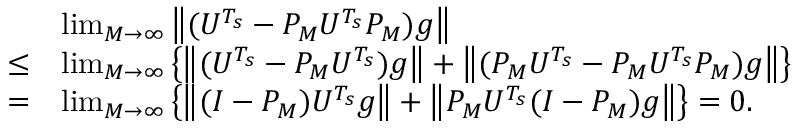
\begin{array} { r l } & { \operatorname* { l i m } _ { M \to \infty } \left\| ( U ^ { T _ { s } } - P _ { M } U ^ { T _ { s } } P _ { M } ) g \right\| } \\ { \le } & { \operatorname* { l i m } _ { M \to \infty } \left\{ \left\| ( U ^ { T _ { s } } - P _ { M } U ^ { T _ { s } } ) g \right\| + \left\| ( P _ { M } U ^ { T _ { s } } - P _ { M } U ^ { T _ { s } } P _ { M } ) g \right\| \right\} } \\ { = } & { \operatorname* { l i m } _ { M \to \infty } \left\{ \left\| ( I - P _ { M } ) U ^ { T _ { s } } g \right\| + \left\| P _ { M } U ^ { T _ { s } } ( I - P _ { M } ) g \right\| \right\} = 0 . } \end{array}